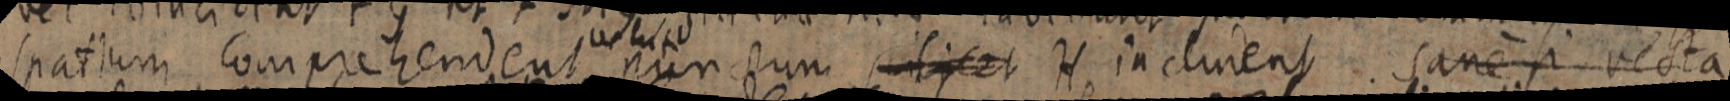
spatium comprehendent punctum scilicet H inclinent sane si recta